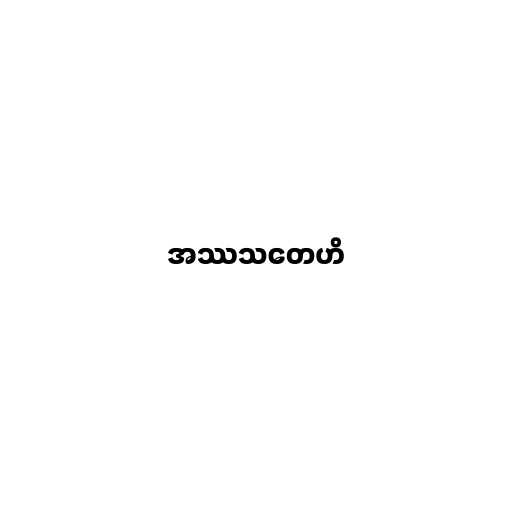
အဿသတေဟိ